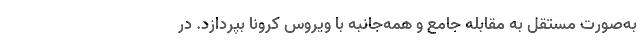
به‌صورت مستقل به مقابله جامع و همه‌جانبه با ویروس کرونا بپردازد. در